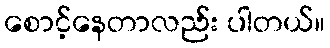
စောင့်နေတာလည်း ပါတယ်။